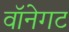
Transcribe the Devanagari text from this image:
वॉनेगट